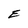
Character: E